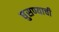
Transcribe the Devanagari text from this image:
घुसण्याची